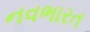
નવભારત